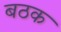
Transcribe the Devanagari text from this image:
बठक